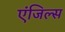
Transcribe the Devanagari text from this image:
एंजिल्स